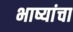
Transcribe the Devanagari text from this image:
भाष्यांचा